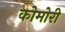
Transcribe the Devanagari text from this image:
कोमोरी